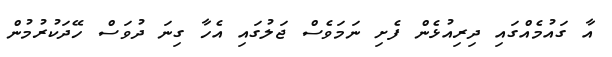
އާ ގައުމެއްގައި ދިރިއުޅެން ފެށި ނަމަވެސް ޖަލުގައި އެހާ ގިނަ ދުވަސް ހޭދަކުރުމުން